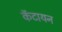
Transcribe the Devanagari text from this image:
कॅटायन